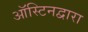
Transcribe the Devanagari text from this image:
ऑस्टिनद्वारा